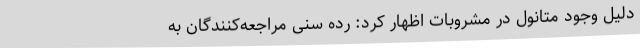
دلیل وجود متانول در مشروبات اظهار کرد: رده سنی مراجعه‌کنندگان به